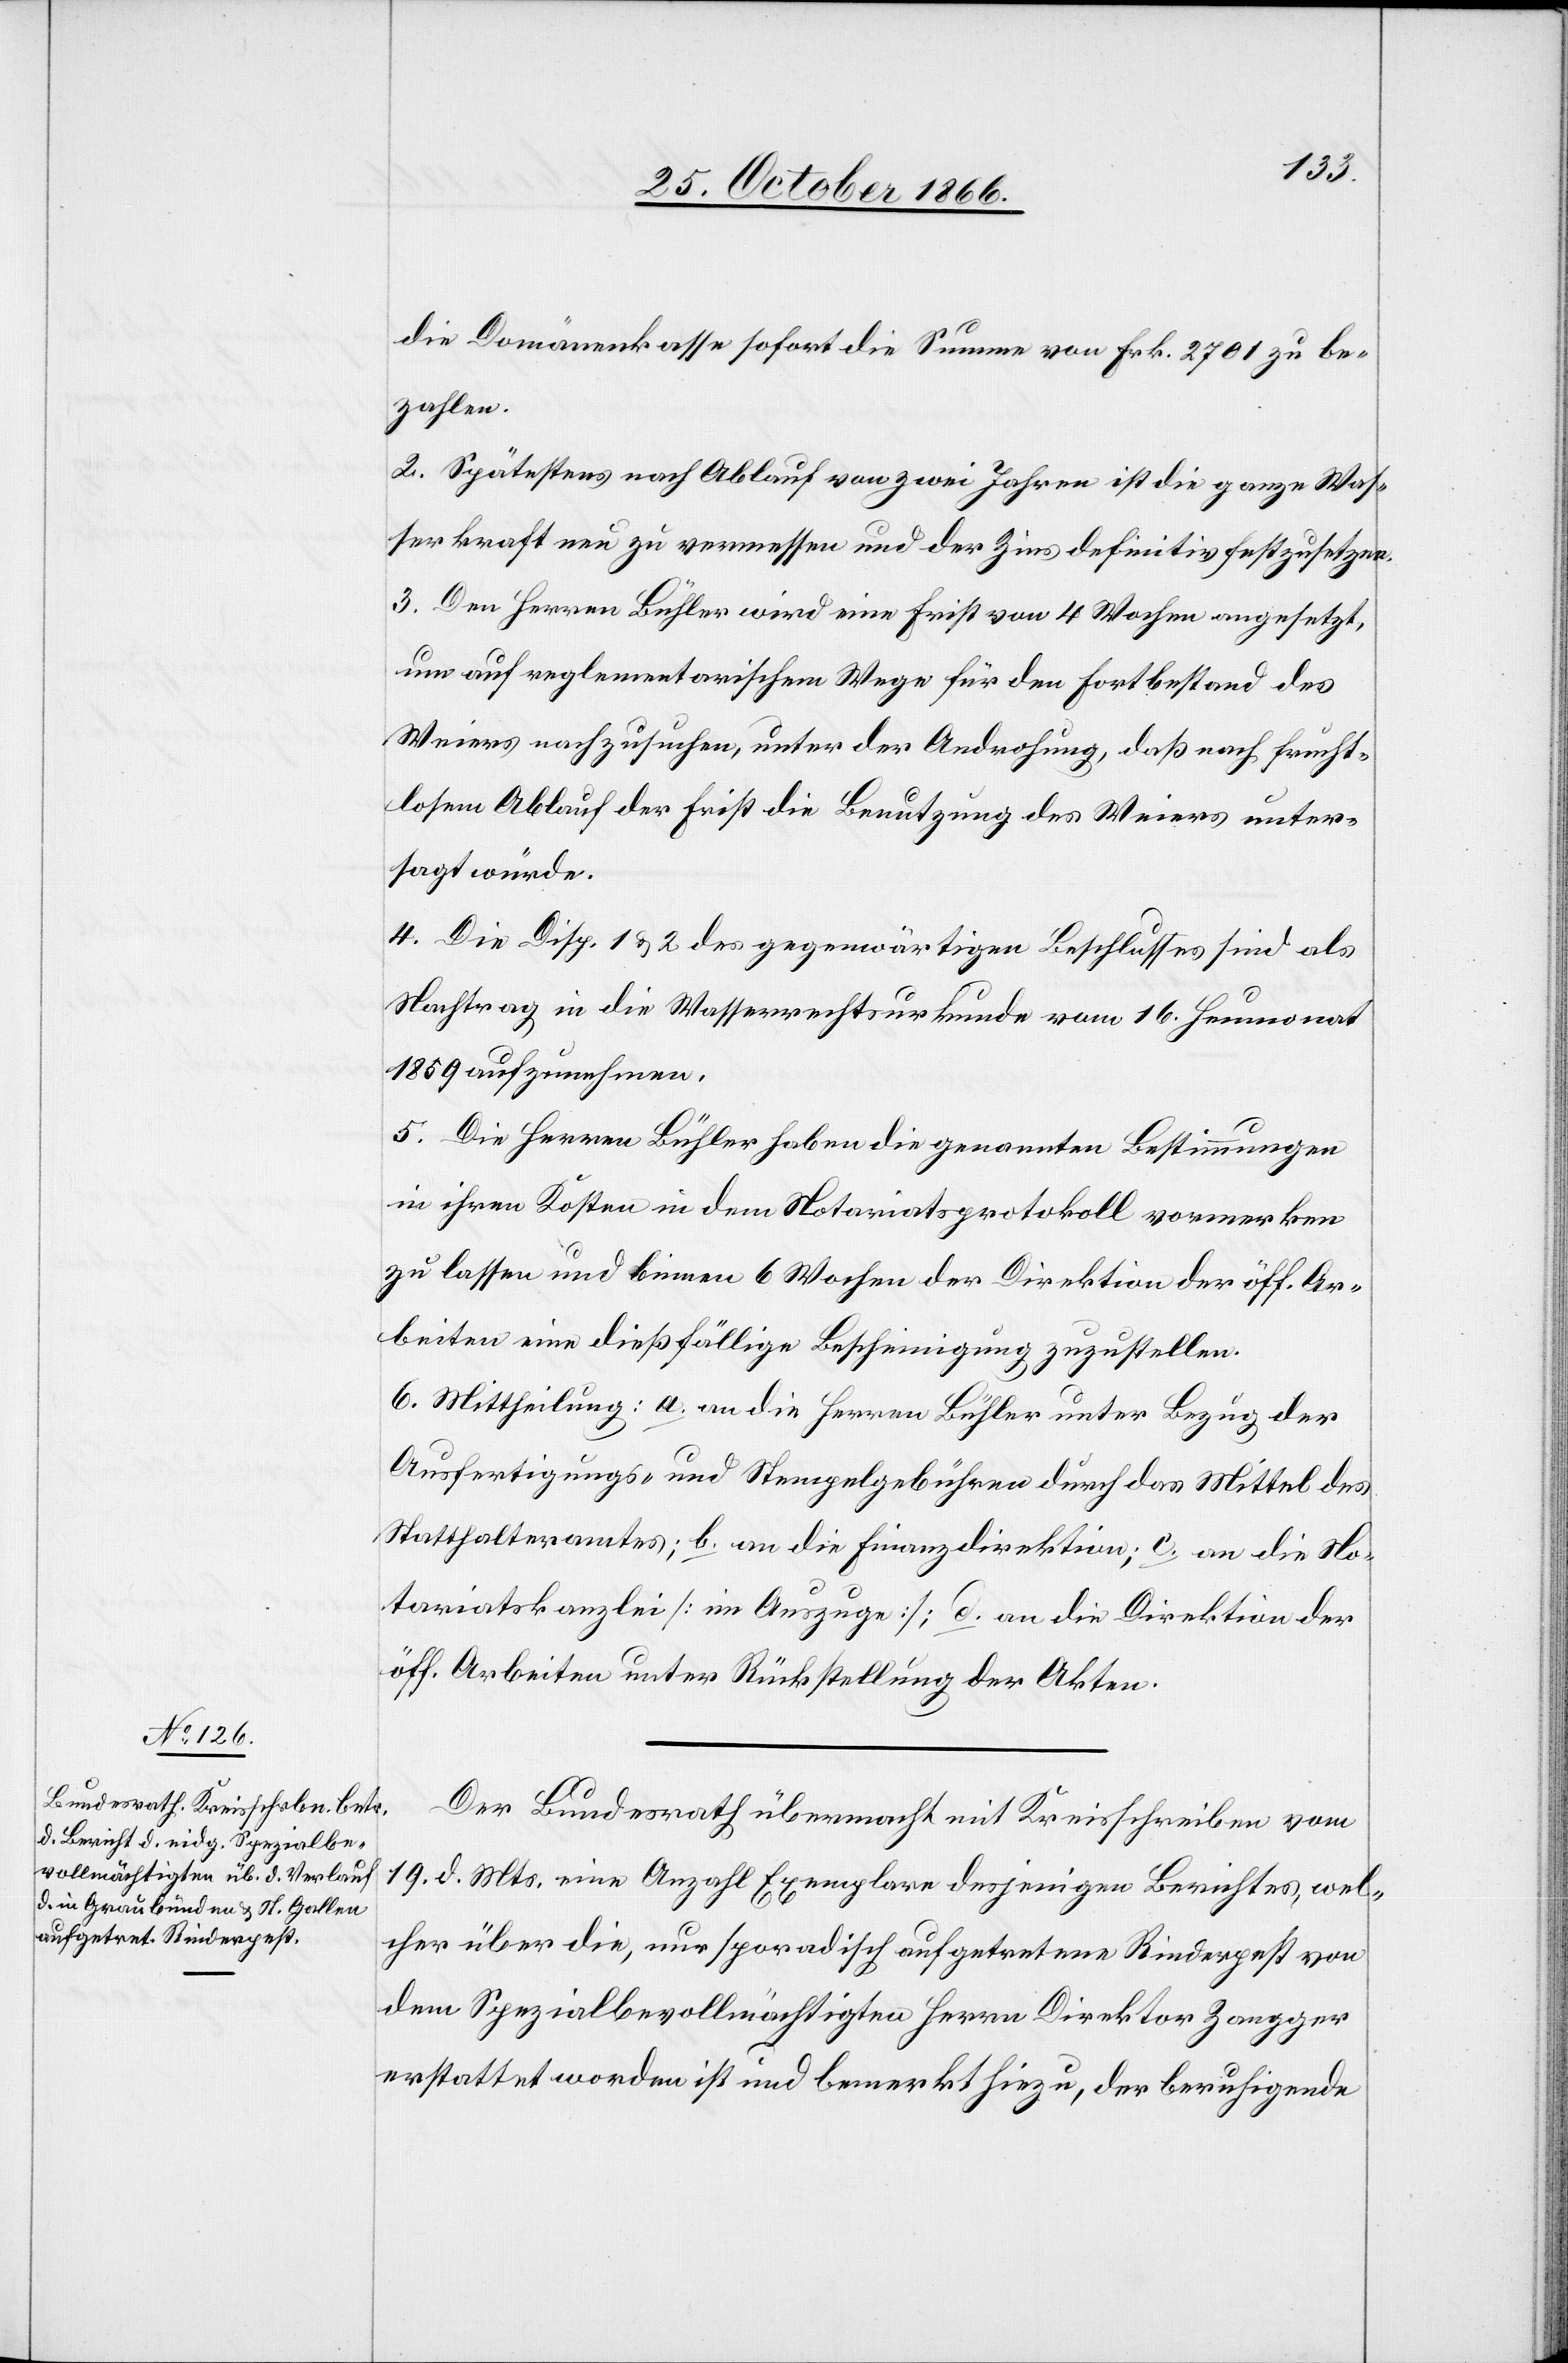
Der Bundesrath übermacht mit Kreisschreiben vom
19. d. Mts eine Anzahl Exemplare desjenigen Berichtes, wel¬
cher über die, nur sporadisch aufgetretene Rinderpest von
dem Spezialbevollmächtigten Herrn Direktor Zangger
erstattet worden ist und bemerkt hiezu, der beruhigende